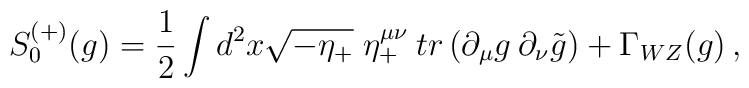
S_0^{(+)}(g)={1\over 2}\int d^2 x \sqrt{-\eta_+}\; \eta_+^{\mu\nu}\:tr\left(\partial_\mu g\:\partial_\nu \tilde g\right) +\Gamma_{WZ}(g)\, ,